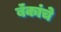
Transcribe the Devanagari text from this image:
बॅंकांचे